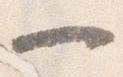
一